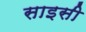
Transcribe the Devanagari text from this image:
साइसी